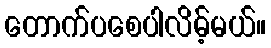
တောက်ပစေပါလိမ့်မယ်။